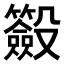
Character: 𣫢